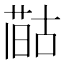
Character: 𪡻